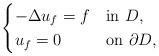
LaTeX: \begin{align*}\begin{cases} -\Delta u_f = f & \mbox{in } D, \\ u_f=0 & \mbox{on } \partial D, \end{cases}\end{align*}